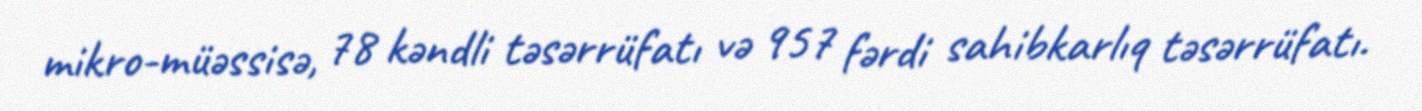
mikro-müəssisə, 78 kəndli təsərrüfatı və 957 fərdi sahibkarlıq təsərrüfatı.